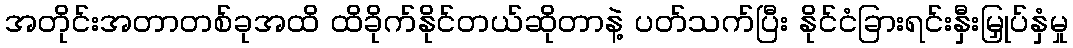
အတိုင်းအတာတစ်ခုအထိ ထိခိုက်နိုင်တယ်ဆိုတာနဲ့ ပတ်သက်ပြီး နိုင်ငံခြားရင်းနှီးမြှုပ်နှံမှု